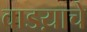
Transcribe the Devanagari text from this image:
वाडय़ाचे